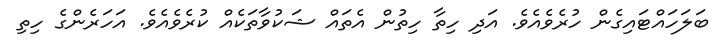
ބަލަހައްޓައިގެން ހުރެވެއެވެ. އަދި ހިތާ ހިތުން އެތައް ޝަކުވާތަކެއް ކުރެވެއެވެ. އަހަރެންގެ ހިތި